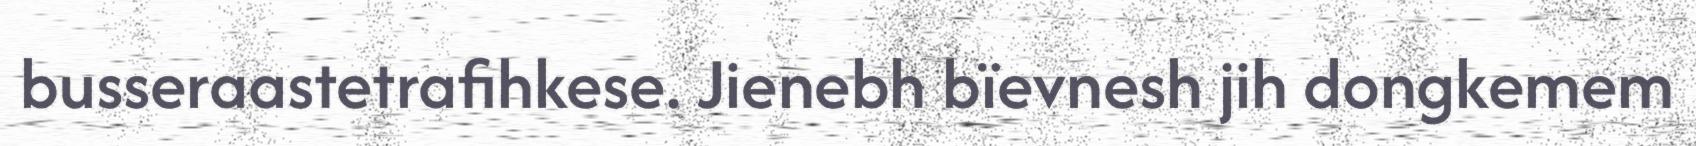
busseraastetrafihkese. Jienebh bïevnesh jih dongkemem